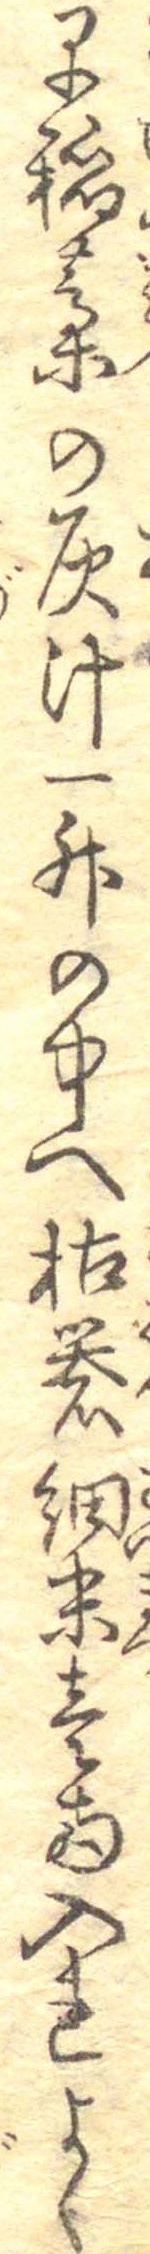
早稲藁の灰汁一升の中へ枯礬細末壱両入れよく